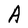
Character: A